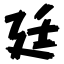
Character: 廷